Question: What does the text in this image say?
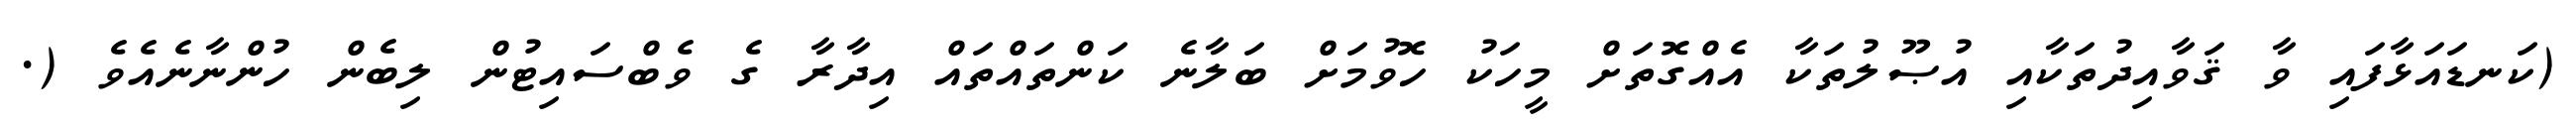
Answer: (ކަނޑައަޅާފައި ވާ ޤަވާއިދުތަކާއި އުޞޫލުތަކާ އެއްގޮތަށް މީހަކު ހޮވުމަށް ބަލާނެ ކަންތައްތައް އިދާރާ ގެ ވެބްސައިޓުން ލިބެން ހުންނާނެއެވެ (.